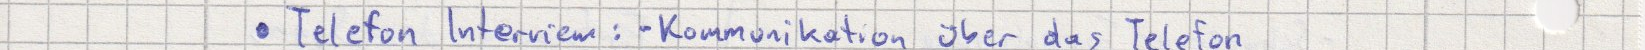
Telefon Interview: - Kommunikation über das Telefon